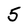
Character: 5